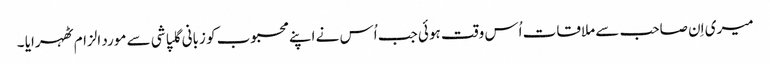
میری اِن صاحب سے ملاقات اُس وقت ہوئی جب اُس نے اپنے محبوب کو زبانی گلپاشی سے مورد الزام ٹھہرایا ۔